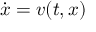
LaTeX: { \dot { \boldsymbol { x } } } = { \boldsymbol { v } } ( t , { \boldsymbol { x } } )